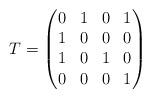
LaTeX: \begin{align*}T =\begin{pmatrix}0 & 1 & 0 & 1 \\1 & 0 & 0 & 0 \\1 & 0 & 1 & 0 \\0 & 0 & 0 & 1\end{pmatrix} \end{align*}